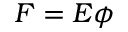
F = E \phi